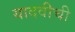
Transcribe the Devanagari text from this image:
यादवीची